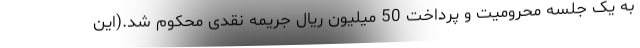
به یک جلسه محرومیت و پرداخت 50 میلیون ریال جریمه نقدی محکوم شد.(این